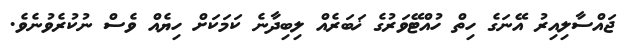
ޖައްސާލިއިރު އޭނަގެ ހިތް ހުއްޓޭވަރުގެ ޚަބަރެއް ލިބިދާނެ ކަމަކަށް ހިޔެއް ވެސް ނުކުރެވުނެވެ.